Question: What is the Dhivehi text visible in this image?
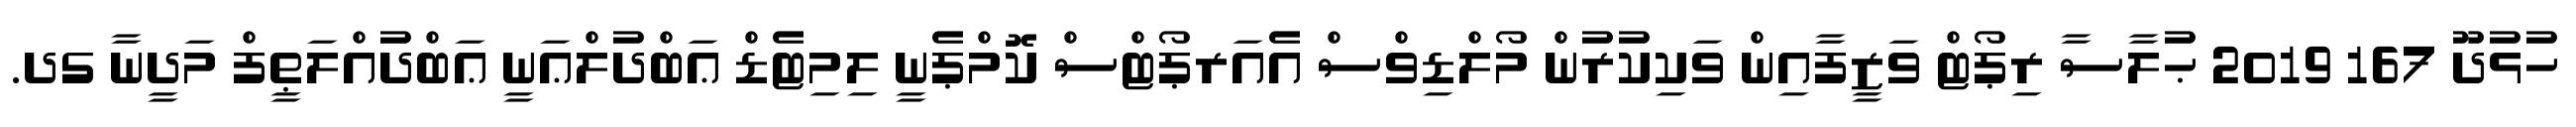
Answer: ހުޅުދޫ 167 2019 ޙުލާސާ ރިޕޯޓް ވަޒީފާއިން ވަކިކުރުން މޯލްޑިވްސް އެއަރޕޯޓްސް ކޮމްޕެނީ ލިމިޓެޑް ޢަބްދުލްޢަނީ ޢަބްދުއްލަޠީފް މަދީނާ ގދ.